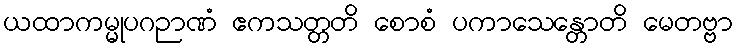
ယထာကမ္မုပဂဉာဏံ ဧကသတ္တတိ စောစံ ပကာသေန္တောတိ မေတဗ္ဗာ